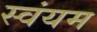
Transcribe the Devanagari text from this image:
स्‍वंयम